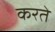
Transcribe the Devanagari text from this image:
करते